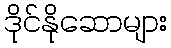
ဒိုင်နိုဆောများ